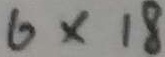
6 \times 1 8